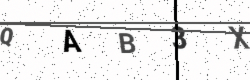
Text: QAB3X